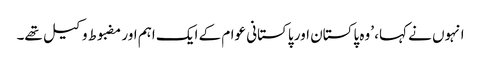
انہوں نے کہا، ’وہ پاکستان اور پاکستانی عوام کے ایک اہم اور مضبوط وکیل تھے۔